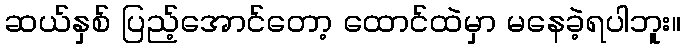
ဆယ်နှစ် ပြည့်အောင်တော့ ထောင်ထဲမှာ မနေခဲ့ရပါဘူး။